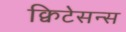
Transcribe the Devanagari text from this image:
क्विटेसन्स